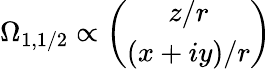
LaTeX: \Omega_{1,1/2}\propto{\binom{z/r}{(x+iy)/r}}